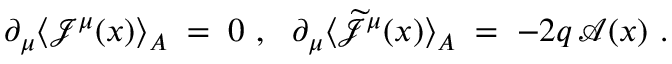
\partial _ { \mu } \langle { \mathcal J } ^ { \mu } ( x ) \rangle _ { A } \; = \; 0 ~ , ~ ~ \partial _ { \mu } \langle \widetilde { { \mathcal J } } ^ { \mu } ( x ) \rangle _ { A } \; = \; - 2 q \, { \mathcal A } ( x ) ~ .